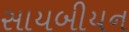
સાયબીયન